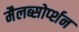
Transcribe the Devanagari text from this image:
मैलब्सोर्प्शन